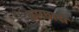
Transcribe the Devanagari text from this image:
कोरछादी